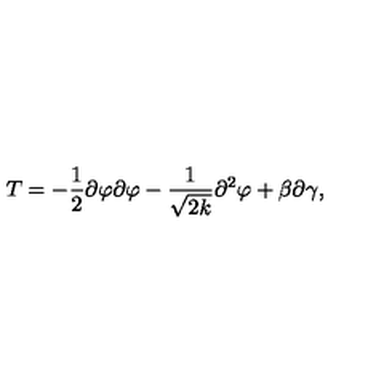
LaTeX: T = - \frac { 1 } { 2 } \partial \varphi \partial \varphi - \frac { 1 } { \sqrt { 2 k } } \partial ^ { 2 } \varphi + \beta \partial \gamma ,